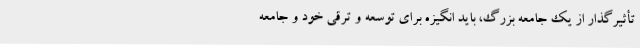
تأثیرگذار از یک جامعه بزرگ، باید انگیزه برای توسعه و ترقی خود و جامعه